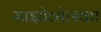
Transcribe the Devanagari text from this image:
माझोव्येत्स्का